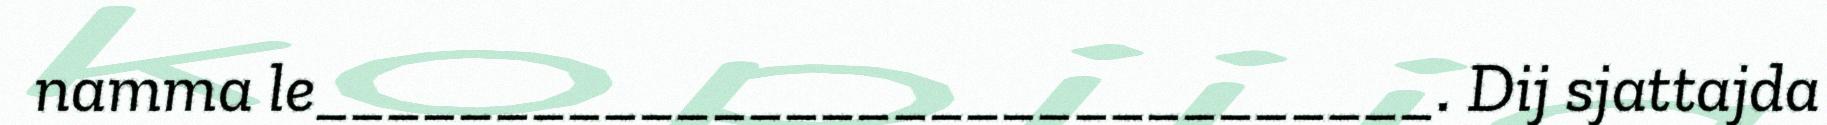
namma le_______________________________. Dij sjattajda